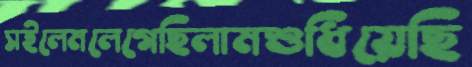
সইলেমলেগেছিলামশুধিয়েছি